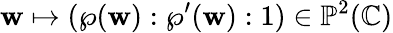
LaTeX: \mathbf{w}\mapsto(\wp(\mathbf{w}):\wp^{\prime}(\mathbf{w}):1)\in\mathbb{{P}}^{2}(\mathbb{{C}})